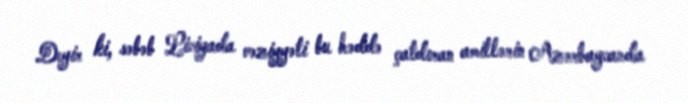
Deyir ki, səbəb Liviyada vəziyyəti bu həddə çatdıran amillərin Azərbaycanda